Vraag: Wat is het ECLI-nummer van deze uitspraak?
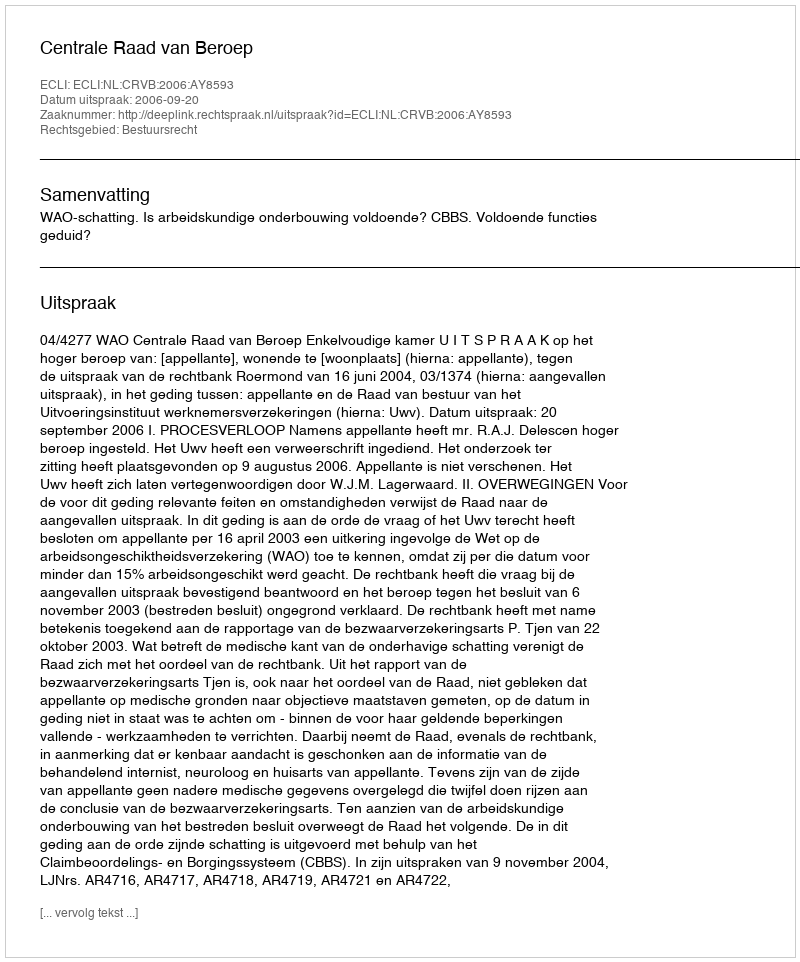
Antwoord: ECLI:NL:CRVB:2006:AY8593